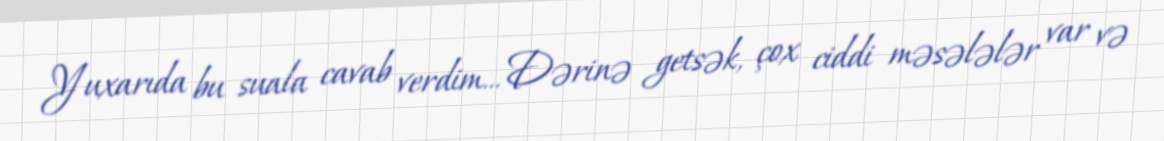
Yuxarıda bu suala cavab verdim... Dərinə getsək, çox ciddi məsələlər var və